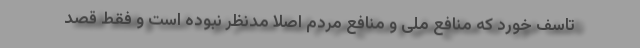
تاسف خورد که منافع ملی و منافع مردم اصلا مدنظر نبوده است و فقط قصد